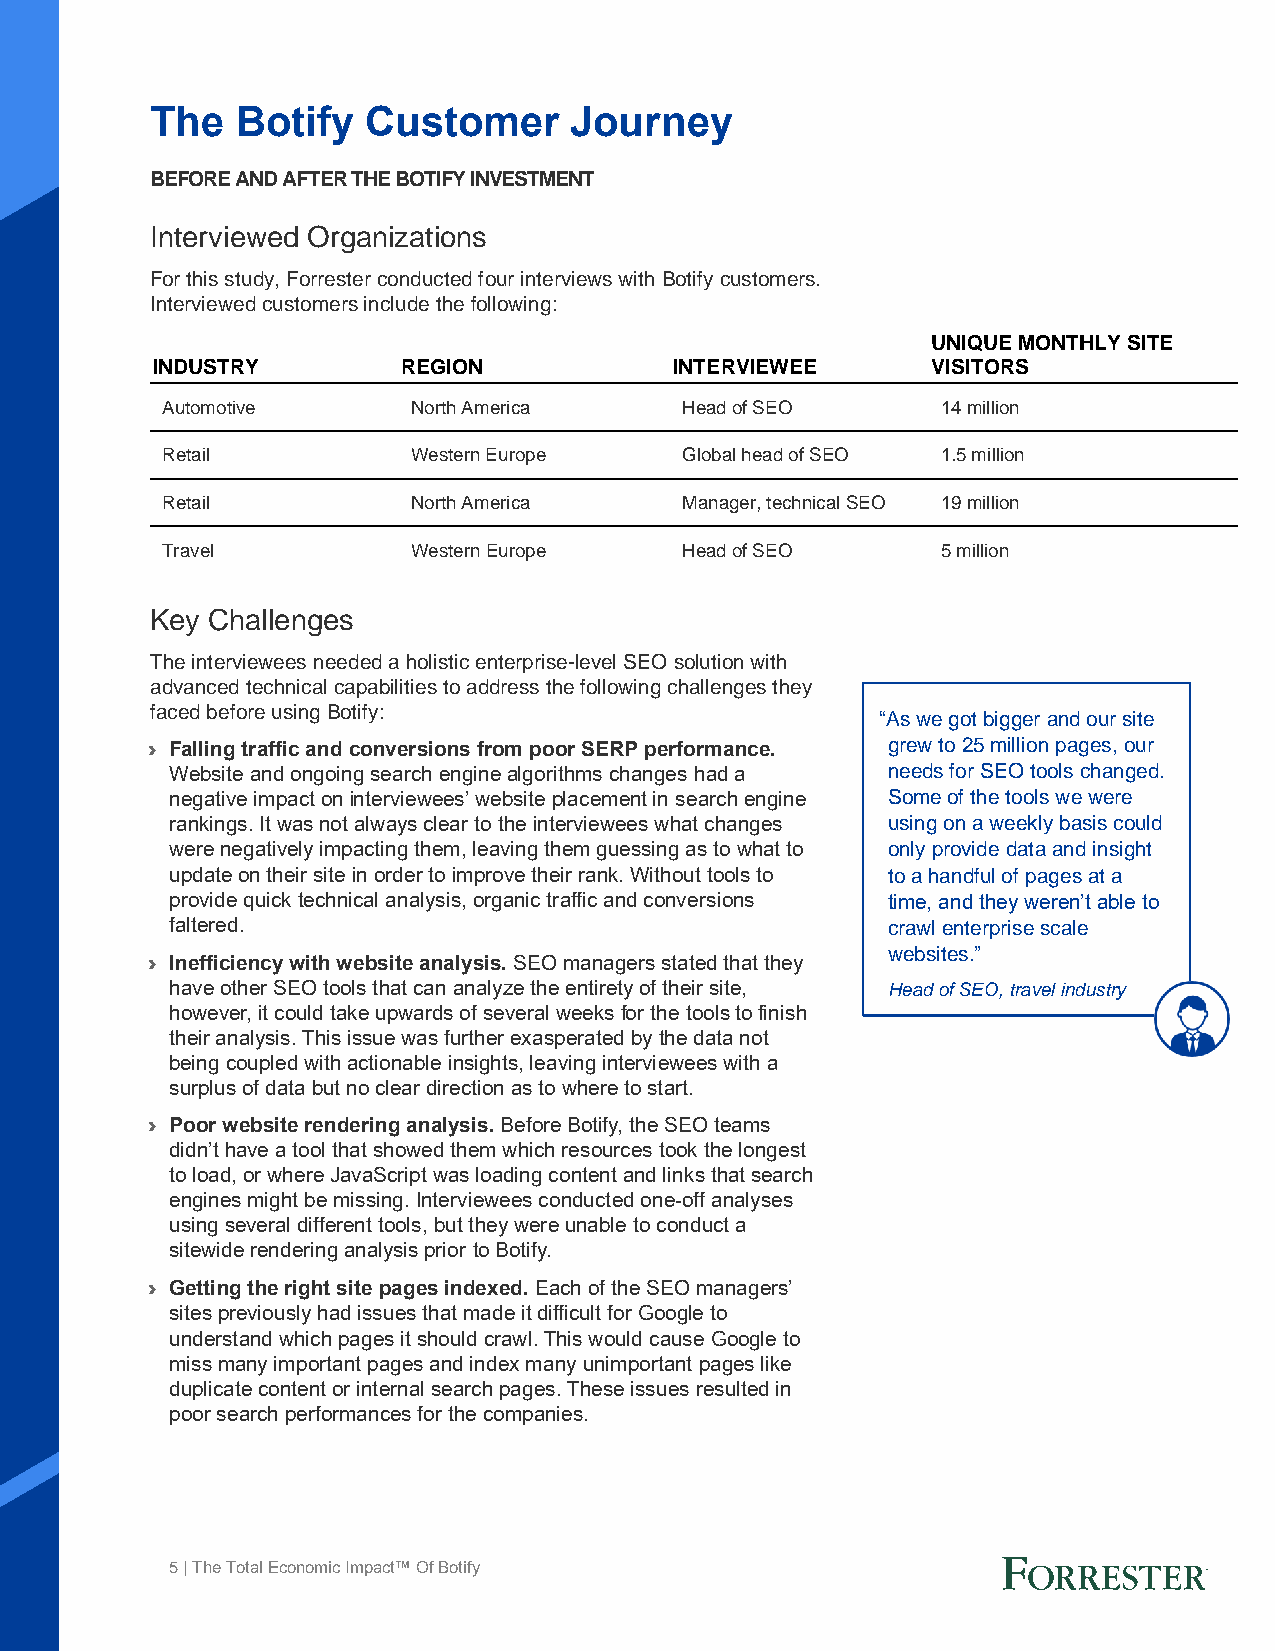
The   Botify  Customer      Journey
 BEFORE AND AFTER THE BOTIFY INVESTMENT
 Interviewed Organizations
 For this study, Forrester conducted four interviews with Botify customers.
 Interviewed customers include the following:
 UNIQUE MONTHLY SITE
 INDUSTRY         REGION            INTERVIEWEE      VISITORS
 Automotive      North America     Head of SEO      14 million
 Retail          Western Europe    Global head of SEO 1.5 million
 Retail          North America     Manager, technical SEO 19 million
 Travel          Western Europe    Head of SEO      5 million
 Key Challenges
 The interviewees needed a holistic enterprise-level SEO solution with
 advanced technical capabilities to address the following challenges they
 faced before using Botify:
 “As we got bigger and our site
 › Falling traffic and conversions from poor SERP performance. grew to 25 million pages, our
 Website and ongoing search engine algorithms changes had a needs for SEO tools changed.
 negative impact on interviewees’ website placement in search engine Some of the tools we were
 rankings. It was not always clear to the interviewees what changes using on a weekly basis could
 were negatively impacting them, leaving them guessing as to what to only provide data and insight
 update on their site in order to improve their rank. Without tools to to a handful of pages at a
 provide quick technical analysis, organic traffic and conversions time, and they weren’t able to
 faltered.                                       crawl enterprise scale
 websites.”
 › Inefficiency with website analysis. SEO managers stated that they
 have other SEO tools that can analyze the entirety of their site, Head of SEO, travel industry
 however, it could take upwards of several weeks for the tools to finish
 their analysis. This issue was further exasperated by the data not
 being coupled with actionable insights, leaving interviewees with a
 surplus of data but no clear direction as to where to start.
 › Poor website rendering analysis. Before Botify, the SEO teams
 didn’t have a tool that showed them which resources took the longest
 to load, or where JavaScript was loading content and links that search
 engines might be missing. Interviewees conducted one-off analyses
 using several different tools, but they were unable to conduct a
 sitewide rendering analysis prior to Botify.
 › Getting the right site pages indexed. Each of the SEO managers’
 sites previously had issues that made it difficult for Google to
 understand which pages it should crawl. This would cause Google to
 miss many important pages and index many unimportant pages like
 duplicate content or internal search pages. These issues resulted in
 poor search performances for the companies.
 5 | The Total Economic Impact™ Of Botify